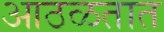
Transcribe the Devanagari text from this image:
आठळतात